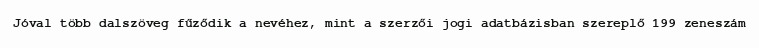
Jóval több dalszöveg fűződik a nevéhez, mint a szerzői jogi adatbázisban szereplő 199 zeneszám